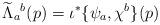
LaTeX: \begin{align*}\widetilde \Lambda_a{}^b(p) = \iota^*\{\psi_a, \chi^b\}(p) \end{align*}